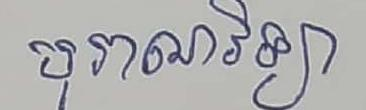
បុរាណវិទ្យា